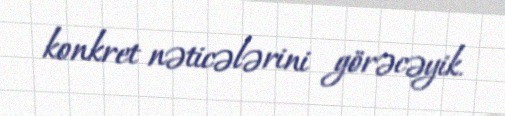
konkret nəticələrini görəcəyik.